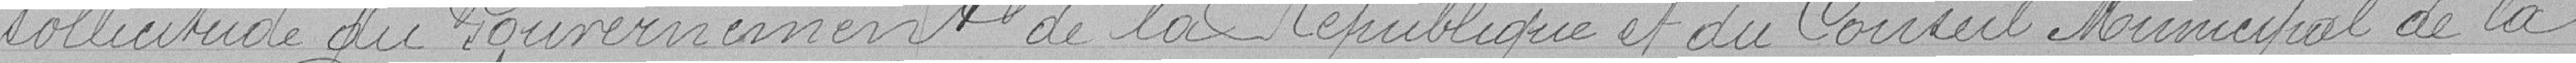
sollicitude du gouvernement de la république et du conseil municipal de la